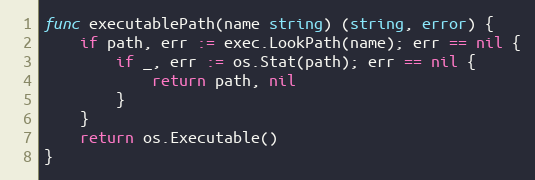
Language: Go
func executablePath(name string) (string, error) {
	if path, err := exec.LookPath(name); err == nil {
		if _, err := os.Stat(path); err == nil {
			return path, nil
		}
	}
	return os.Executable()
}